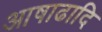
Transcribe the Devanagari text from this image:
आषाढादि